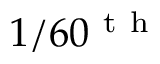
1 / 6 0 ^ { \mathrm { ~ t ~ h ~ } }